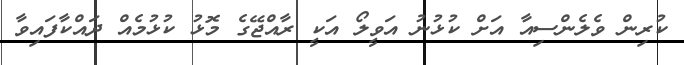
ކުރިން ވެލެންސިއާ އަށް ކުޅުނު އަވީލޯ އަކީ ރާއްޖޭގެ މޮޅު ކުޅުމެއް ދައްކާފައިވާ